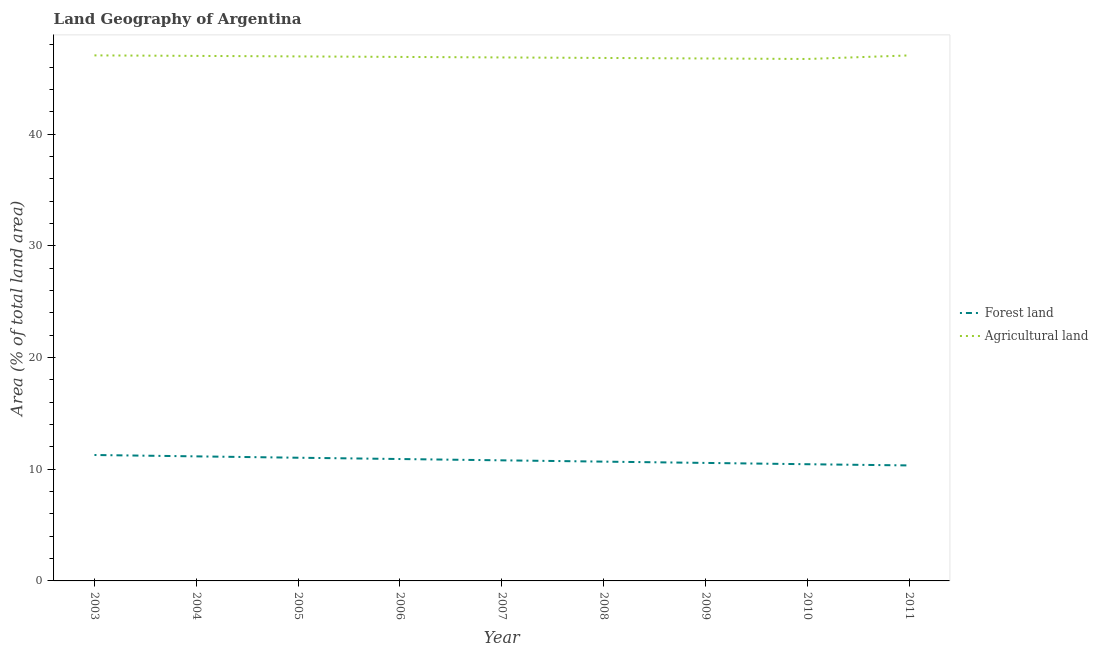
| Year | Forest land | Agricultural land |
 | --- | --- | --- |
 | 2003 | 11.3 | 47.1 |
 | 2004 | 11.2 | 47 |
 | 2005 | 11 | 47 |
 | 2006 | 10.9 | 46.9 |
 | 2007 | 10.8 | 46.9 |
 | 2008 | 10.7 | 46.8 |
 | 2009 | 10.6 | 46.8 |
 | 2010 | 10.4 | 46.7 |
 | 2011 | 10.3 | 47.1 |